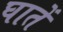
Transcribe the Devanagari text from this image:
घातें